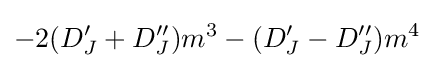
-2(D_{J}^{\prime }+D_{J}^{\prime \prime })m^{3}-(D_{J}^{\prime }-D_{J}^{\prime \prime })m^{4}